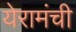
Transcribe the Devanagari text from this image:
येरामंची